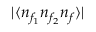
| \langle n _ { f _ { 1 } } n _ { f _ { 2 } } n _ { f } \rangle |